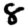
Digit: 8